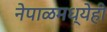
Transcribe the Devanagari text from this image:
नेपाळमध्येही